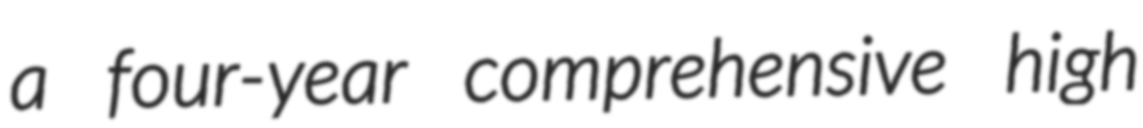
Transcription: a four-year comprehensive high